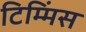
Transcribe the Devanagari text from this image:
टिम्मिंस